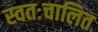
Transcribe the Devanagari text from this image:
स्वतःचालित